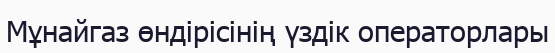
Мұнайгаз өндірісінің үздік операторлары